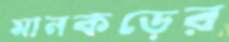
মানকড়ের